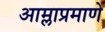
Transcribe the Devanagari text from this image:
आम्लाप्रमाणे